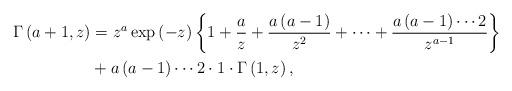
LaTeX: \begin{align*}\Gamma\left( a+1,z\right) & =z^{a}\exp\left( -z\right) \left\{1+\frac{a}{z}+\frac{a\left( a-1\right) }{z^{2}}+\cdots+\frac{a\left(a-1\right) \cdots2}{z^{a-1}}\right\} \\& +a\left( a-1\right) \cdots2\cdot1\cdot\Gamma\left( 1,z\right) ,\end{align*}